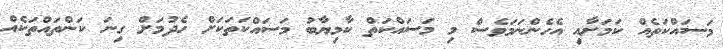
މަސައްކަތެއް ކަމަށާއި އެހެންނަމަވެސް މި މަސައްކަތް ކާމިޔާބު މަސައްކަތަކަށް ހެދުމަށް ގިނަ ކަންތައްތަކެއް